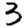
Digit: 3